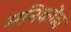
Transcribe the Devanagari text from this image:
मनिकोंडा